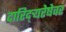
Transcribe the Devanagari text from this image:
दारिद्र्‍यरेषेवर